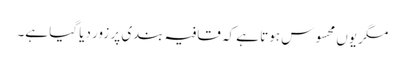
مگر یوں محسوس ہوتا ہے کہ قافیہ بندی پر زور دیا گیا ہے۔